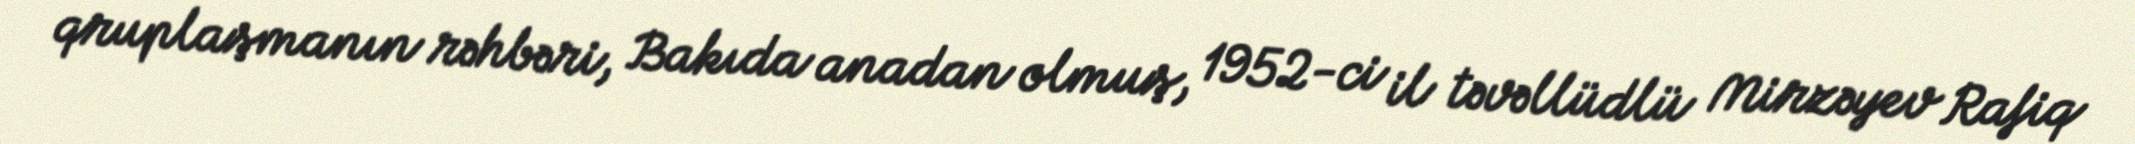
qruplaşmanın rəhbəri, Bakıda anadan olmuş, 1952-ci il təvəllüdlü Mirzəyev Rafiq